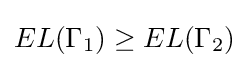
EL(\Gamma _{1})\geq EL(\Gamma _{2})